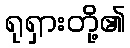
ရုရှားတို့၏